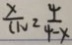
\frac { x } { ( 1 v ) } = \frac { 4 } { 4 - x }